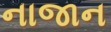
નાજાન